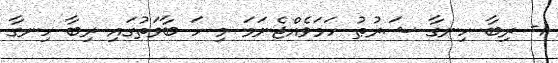
1- ރިބާ ހިނގާ ޝަރުޠު ހަމަވެއްޖެނަމަ މި ހަ ބާވަތުގައި ރިބާ ހިނގާ